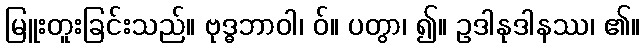
မြူးတူးခြင်းသည်။ ဗုဒ္ဓဘာဝါ၊ ဝ်။ ပတွာ၊ ၍။ ဥဒါနုဒါနဿ၊ ၏။